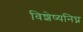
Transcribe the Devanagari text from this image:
विशेष्यनिघ्न